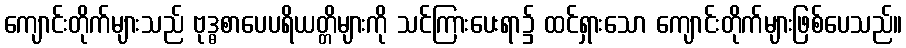
ကျောင်းတိုက်များသည် ဗုဒ္ဓစာပေပရိယတ္တိများကို သင်ကြားပေးရာ၌ ထင်ရှားသော ကျောင်းတိုက်များဖြစ်ပေသည်။